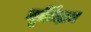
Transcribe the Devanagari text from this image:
मूर्तिदान